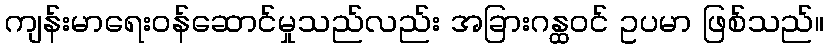
ကျန်းမာရေးဝန်ဆောင်မှုသည်လည်း အခြားဂန္ထဝင် ဥပမာ ဖြစ်သည်။